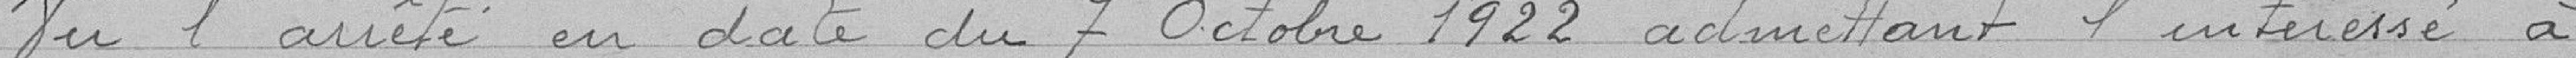
Vu l'arrêté en date du 7 octobre 1922 admettant l'intéressé à